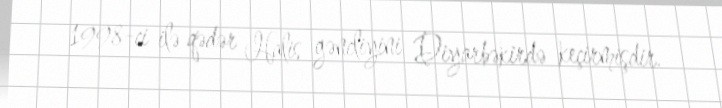
1998-ci ilə qədər Halis gəncliyini Diyarbəkirdə keçirmişdir.